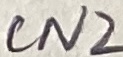
Text: CN2